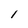
Character: 1